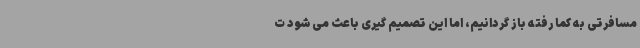
مسافرتی به کما رفته باز گردانیم، اما این تصمیم گیری باعث می شود ت